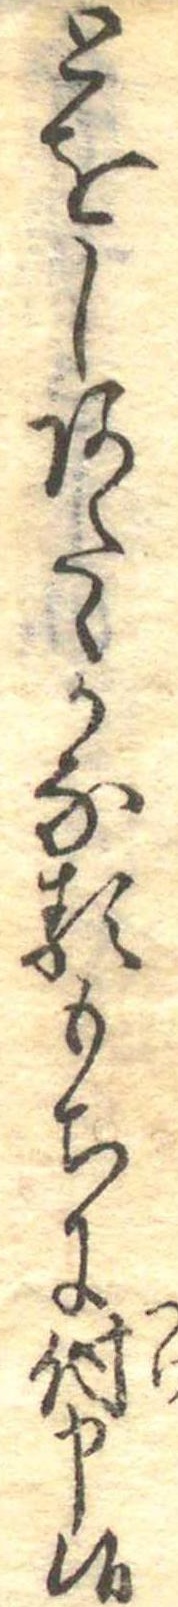
とをしあたゝかなるもちに付申候